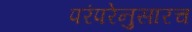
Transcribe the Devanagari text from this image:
परंपरेनुसारच